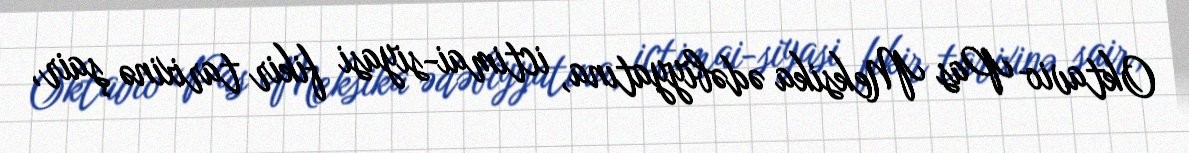
Oktavio Pas Meksika ədəbiyyatına, ictimai-siyasi fikir tarixinə şair,